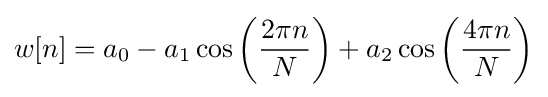
w[n]=a_{0}-a_{1}\cos \left({\frac {2\pi n}{N}}\right)+a_{2}\cos \left({\frac {4\pi n}{N}}\right)